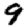
Digit: 9